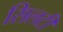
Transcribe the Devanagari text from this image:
सिलटी